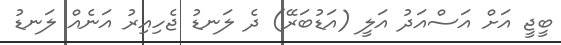
ބީޖީ އަށް އަސްއަދު އަލީ (އަޑުބަރޭ) ދެ ލަނޑު ޖެހިއިރު އަނެއް ލަނޑު